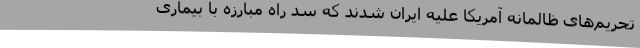
تحریم‌های ظالمانه آمریکا علیه ایران شدند که سد راه مبارزه با بیماری